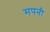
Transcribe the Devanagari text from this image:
मपनी